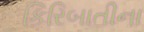
કિરિબાતીના